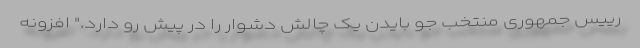
رییس جمهوری منتخب جو بایدن یک چالش دشوار را در پیش رو دارد." افزونه